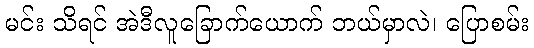
မင်း သိရင် အဲဒီလူခြောက်ယောက် ဘယ်မှာလဲ၊ ပြောစမ်း